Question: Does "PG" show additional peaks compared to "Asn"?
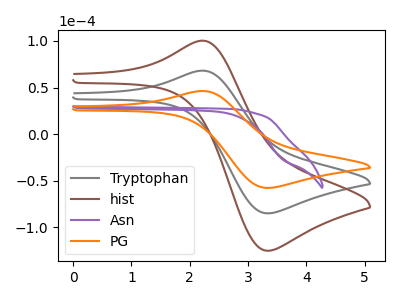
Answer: <think>The gray curve "Tryptophan" has an anodic peak at (2.25V, 68.15uA) and a cathodic peak at (3.35V, -85.10uA). The brown curve "hist" has an anodic peak at (2.25V, 136.30uA) and a cathodic peak at (3.35V, -170.20uA). The purple curve "Asn" has no peaks. The orange curve "PG" has an anodic peak at (2.25V, 46.30uA) and a cathodic peak at (3.35V, -57.80uA).
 "PG" and "Asn" have a different number of peaks.</think>
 <answer>Yes, "PG" and "Asn" are different in shape.</answer>
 <eval>yes_change</eval>